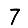
Digit: 7